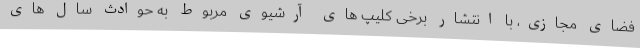
فضای مجازی، با انتشار برخی کلیپ های آرشیوی مربوط به حوادث سال های